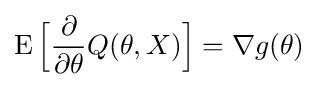
\operatorname {E} {\Big [}{\frac {\partial }{\partial \theta }}Q(\theta ,X){\Big ]}=\nabla g(\theta )